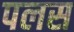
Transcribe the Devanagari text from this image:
पलस